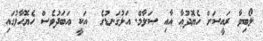
ލޯބިވާ ރައީސަށް ހެޔޮދުޢާ އާއި ސަލާމް. އަޅުގަނޑުގެ  އަކީ އަބަދުވެސް ހެޔޮހާލުގައި